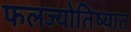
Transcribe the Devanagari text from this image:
फलज्योतिष्यात